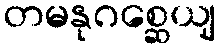
တမနုဂစ္ဆေယျ